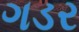
ગડર